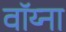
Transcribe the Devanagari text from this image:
वॉय्ना